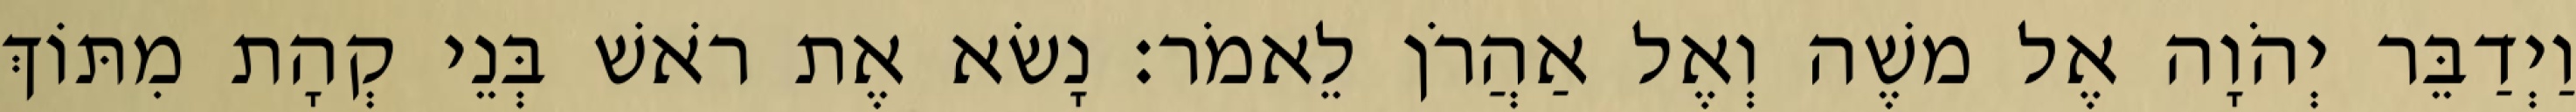
וַיְדַבֵּר יְהֹוָה אֶל משֶׁה וְאֶל אַהֲרֹן לֵאמֹר׃ נָשׂא אֶת רֹאשׁ בְּנֵי קְהָת מִתּוֹךְ